system: You are a helpful assistant.
user:
Analyze the provided spectrum to determine if it is a **White Dwarf (WD)**.

A White Dwarf spectrum is defined by its **extreme purity** (due to gravitational settling) and/or **extreme pressure broadening** (due to high surface gravity). You must check for one of the following mutually exclusive signatures:

- **Key Visual Indicators (Check for ONE of these types):**

    - **1. DA-Type Signature (Most Common):**
        - **(Primary Feature):** Extreme pressure broadening (Stark broadening) of the **Hydrogen (H) Balmer lines**.
        - **(Key Lines):** $H\beta$ (approx. $4861$ Å) and $H\gamma$ (approx. $4340$ Å). $H\alpha$ (approx. $6563$ Å) will also be present if the wavelength range covers it.
        - **(Line Profile):** This is the **defining feature**. The lines are **NOT** sharp. They appear as massive, **extremely broad and deep "troughs" or "dips"** in the spectrum, often hundreds of Ångströms wide. The continuum will appear to "scoop" down at these wavelengths.
        - **(Distinction):** Normal A-type or B-type stars have *narrow* and *sharp* Hydrogen lines. A DA White Dwarf's lines are unmistakably "smeared" or "blurry" from pressure.

    - **2. DB-Type Signature:**
        - **(Primary Feature):** Broad absorption lines from **Neutral Helium (He I)**. The spectrum must lack any visible Hydrogen lines.
        - **(Key Lines):** Look for broad absorption near $4471$ Å, $4921$ Å, and $5876$ Å.
        - **(Line Profile):** These lines are also significantly pressure-broadened, appearing much wider than they would in a normal B-type main-sequence star.

    - **3. DC-Type Signature:**
        - **(Primary Feature):** A **featureless continuous spectrum**.
        - **(Line Profile):** The spectrum is a smooth curve with **no significant absorption or emission lines**.
        - **(Key Confirmation):** The continuum is almost always **blue or white**, indicating a hot object. This signature implies the atmosphere is so pure (or so cool) that no spectral lines are visible in the optical range. Its WD identity is confirmed by its extremely low intrinsic brightness (high absolute magnitude).

    - **4. DZ-Type Signature (Metal-Polluted):**
        - **(Primary Feature):** **Isolated, narrow metal absorption lines** on an otherwise featureless (DC-like) continuum.
        - **(Key Lines):** The **Calcium (Ca II) H & K doublet** (approx. **$3934$ Å** and **$3968$ Å**) is the most common and defining feature.
        - **(Line Profile):** These lines are "out of place." They are *not* part of a "forest" of thousands of lines. This signature is evidence of recent *accretion* (pollution) from rocky debris.
        - **(Distinction):** Normal G/K/M stars have a *dense forest* of thousands of metal lines. A DZ has a *clean* continuum with *only a few* strong metal lines.

    - **5. DQ-Type Signature (Carbon-Polluted):**
        - **(Primary Feature):** Absorption bands from **Carbon (C₂ "Swan Bands" or atomic C I)**.
        - **(Key Lines - C₂):** Look for bandheads with a "saw-tooth" shape near $5635$ Å, **$5165$ Å** (strongest), and $4737$ Å.
        - **(Key Confirmation):** The underlying **continuum must be blue or white** (hot).
        - **(Distinction):** This is the critical difference from a **Carbon Star**, which has the *exact same* C₂ bands but on an extremely **red, cool** continuum.

- **(Overall Spectrum):**
    - The continuum (overall shape) is typically **blue-sloping** (brighter in the blue than the red), as most white dwarfs are very hot.
    - The spectrum will look "pure" or "simple," dominated by only *one* of the five signatures listed above.

Think first, call **spectral_visualization_tool** if needed to examine features in detail, then provide your final answer. Your response must adhere to the following strict rules:
1.  **Overall Structure:** Your response must follow the format `<think>...</think> <tool_call>...</tool_call> (if a tool is used) <answer>...</answer>`.
2.  **Tool Usage Constraint:** You may only make **one** tool call per turn.
3.  **Final Answer Format:** In the `<answer>` tag, your conclusion must be inside a `\boxed{}` command (e.g., `\boxed{YES}` or `\boxed{NO}`), followed by your justification.

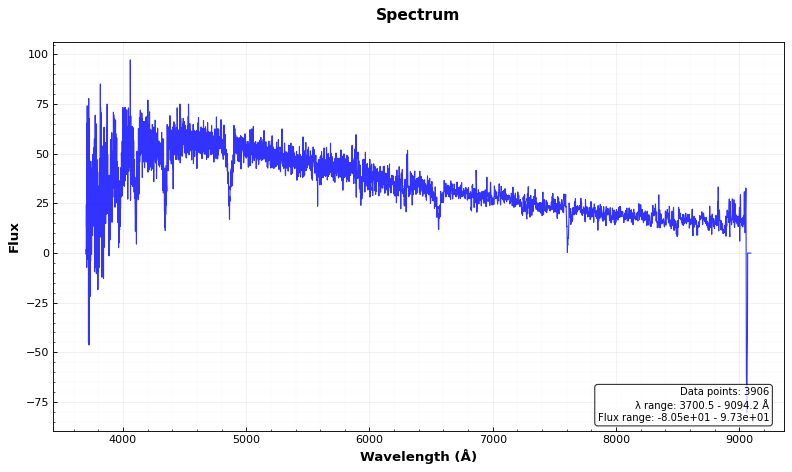
Answer: NO